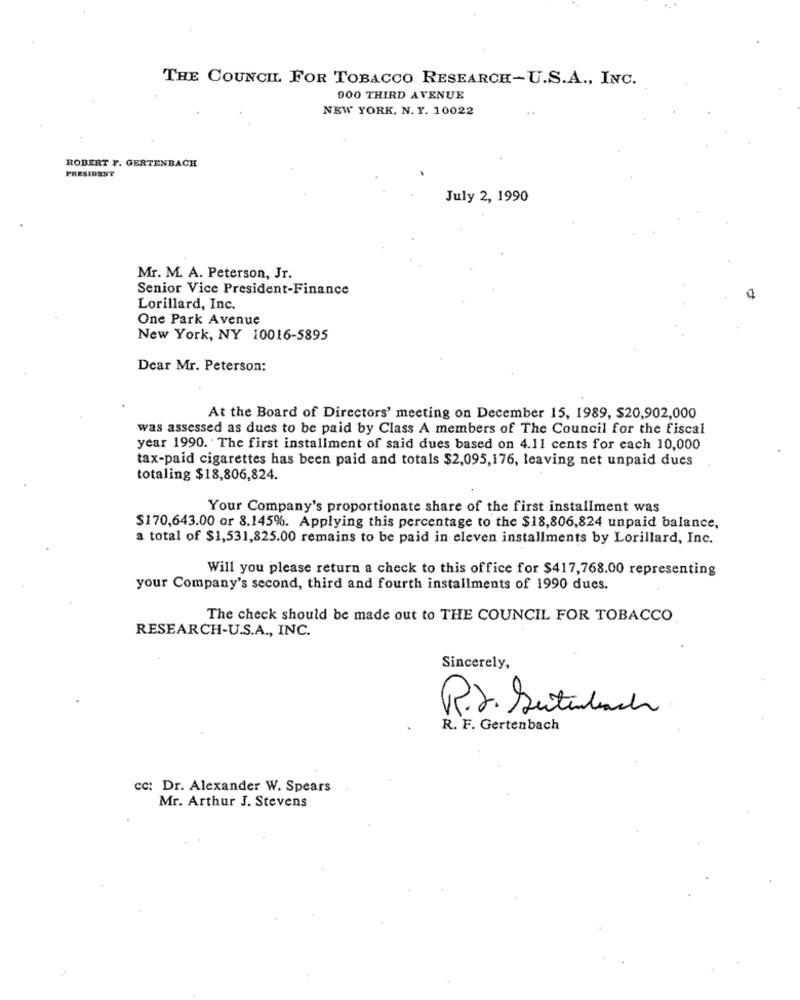
THE COUNCIL FOR TOBACCO RESEARCH-U.S.A ., INC.
900 THIRD AVENUE
NEW YORK, N. Y. 10022
ROBERT F. GERTENBACH
PRESIDENT
July 2, 1990
Mr. M. A. Peterson, Jr.
Senior Vice President-Finance
Lorillard, Inc.
One Park Avenue
New York, NY 10016-5895
Dear Mr. Peterson:
At the Board of Directors' meeting on December 15, 1989, $20,902,000
was assessed as dues to be paid by Class A members of The Council for the fiscal
year 1990. The first installment of said dues based on 4.11 cents for each 10,000
tax-paid cigarettes has been paid and totals $2,095,176, leaving net unpaid dues
totaling $18,806,824.
Your Company's proportionate share of the first installment was
$170,643.00 or 8.145%. Applying this percentage to the $18,806,824 unpaid balance,
a total of $1,531,825.00 remains to be paid in eleven installments by Lorillard, Inc.
Will you please return a check to this office for $417,768.00 representing
your Company's second, third and fourth installments of 1990 dues.
The check should be made out to THE COUNCIL FOR TOBACCO
RESEARCH-U.S.A ., INC.
Sincerely,
P.S. Setubach
R. F. Gertenbach
cc: Dr. Alexander W. Spears
Mr. Arthur J. Stevens